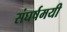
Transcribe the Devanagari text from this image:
संघर्षमयी